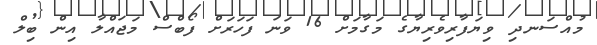
މުއްސަނދި ވިޔަފާރިވެރިޔާގެ މަގާމަށް 16 ވަނަ ފަހަރަށް ފޯބްސް މަޖައްލާ އިން ބިލް